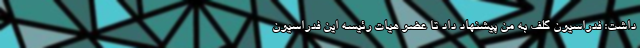
داشت: فدراسیون گلف به من پیشنهاد داد تا عضو هیات رئیسه این فدراسیون